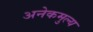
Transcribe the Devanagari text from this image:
अनेकमुल्य